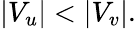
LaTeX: |V_{u}|<|V_{v}|.